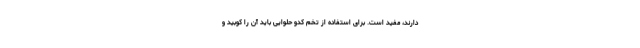
دارند، مفید است. برای استفاده از تخم کدو حلوایی باید آن را کوبید و